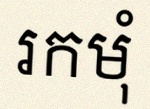
រកមុំ